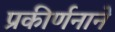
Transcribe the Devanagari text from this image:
प्रकीर्णनाने